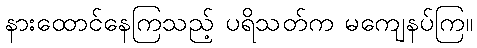
နားထောင်နေကြသည့် ပရိသတ်က မကျေနပ်ကြ။